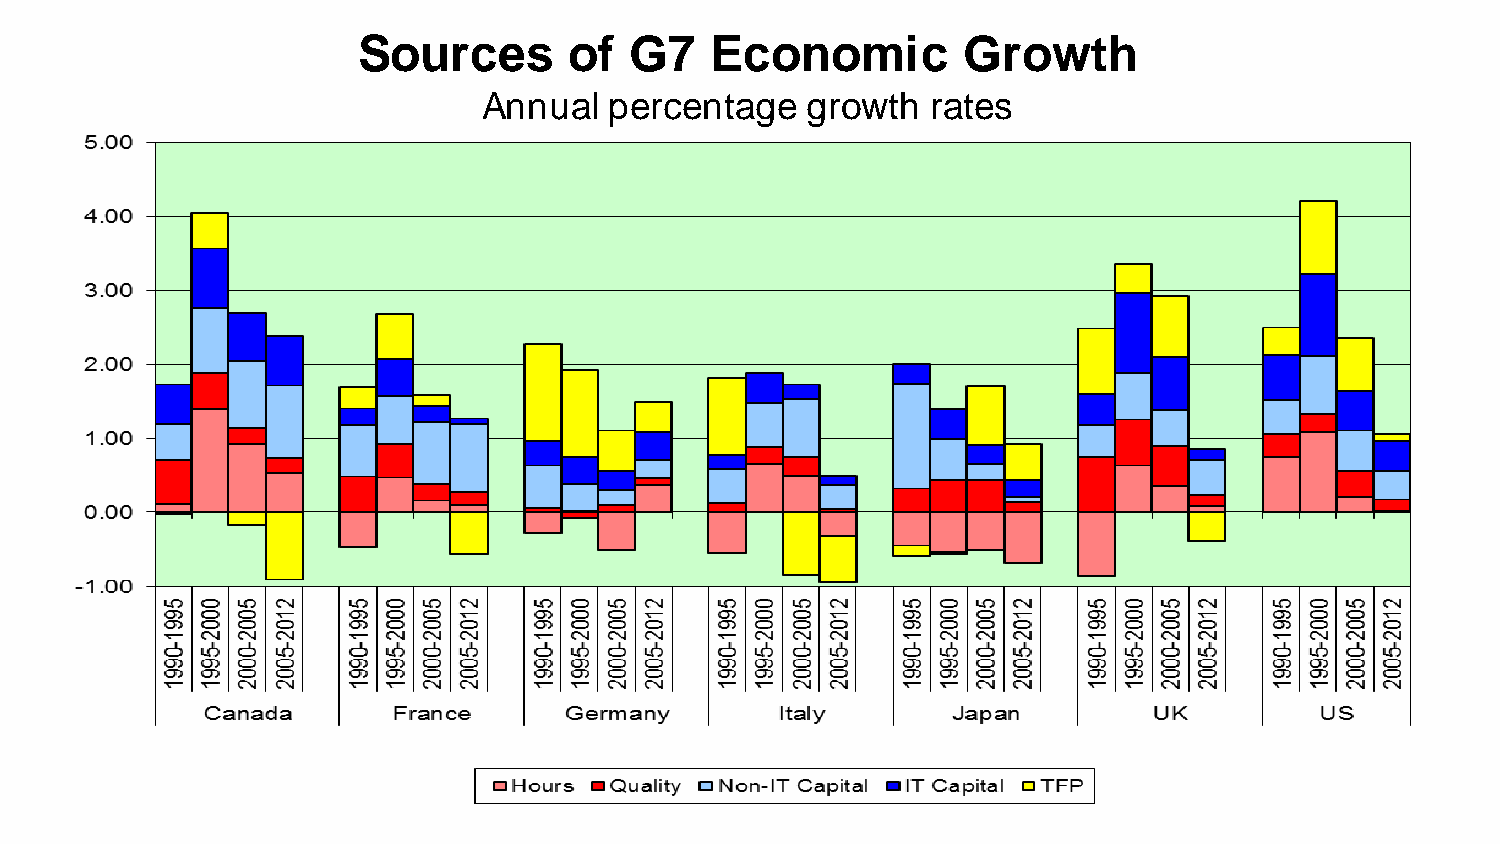
Sources       of  G7   Economic         Growth
 Annual  percentage   growth   rates